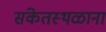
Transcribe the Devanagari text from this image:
संकेतस्थळाना